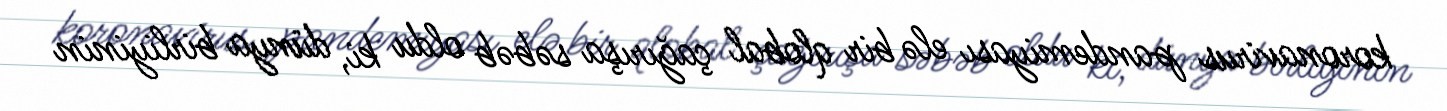
koronavirus pandemiyası elə bir qlobal çağırışa səbəb oldu ki, dünya birliyinin